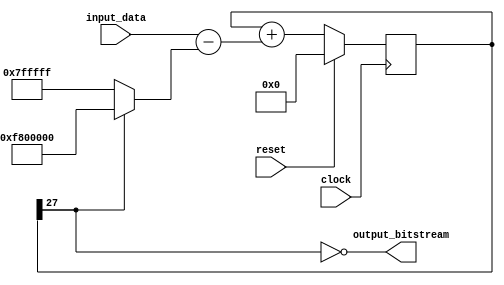
`timescale 100ps/1ps

/* 24 bit virtualized first order Sigma Delta modulator 
 * Sigma delta clock = 20MHz, system clock = 200MHz
 * 10x virtualization  
 */
module first_order_sigdel_virtualized(
  
  clock,
  reset,
  
  input_data,
  output_bitstream,

);
parameter input_bitwidth = 24;
parameter accumulator_bitwidth = 28;
`define full_neg {{(accumulator_bitwidth - input_bitwidth + 1){1'b1}}, {(input_bitwidth-1){1'b0}}}
`define full_pos {{(accumulator_bitwidth - input_bitwidth + 1){1'b0}}, {(input_bitwidth-1){1'b1}}}


input                                   clock;
input                                   reset;

input   signed [23:0]                   input_data;
output                                  output_bitstream;

wire    signed [accumulator_bitwidth - 1 :0]   fb;
wire    signed [accumulator_bitwidth - 1 :0]   error;
reg     signed [accumulator_bitwidth - 1 :0]   integrator_out = 0;
wire                                           comp_out;

always@(posedge clock) begin
  
  if(reset) begin
    integrator_out <= {accumulator_bitwidth{1'b0}};
  end else begin
    integrator_out <= integrator_out + error;          //Create delay block
  end

end

assign fb = comp_out ? `full_pos : `full_neg ;    //Full scale gain
assign comp_out = !integrator_out[accumulator_bitwidth - 1];
assign error = input_data - fb;
assign output_bitstream = comp_out;

endmodule